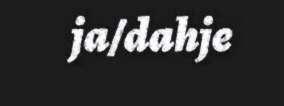
ja/dahje